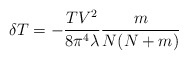
\begin{align*}\delta T = -\frac{TV^2}{8\pi^4\lambda} \frac{m}{N(N+m)}\end{align*}